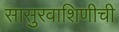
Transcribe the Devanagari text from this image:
सासुरवाशिणीची